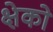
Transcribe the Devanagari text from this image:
क्षेको